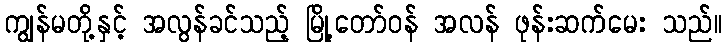
ကျွန်မတို့နှင့် အလွန်ခင်သည့် မြို့တော်ဝန် အလန် ဖုန်းဆက်မေး သည်။